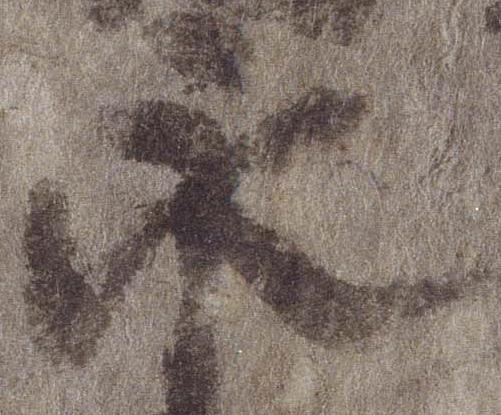
永